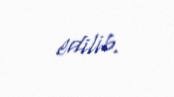
edilib.